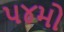
૫૪મો